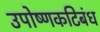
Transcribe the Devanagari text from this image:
उपोष्णकटिबंध